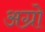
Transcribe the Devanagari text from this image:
अग्रो